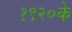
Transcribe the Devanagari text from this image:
१९२०के